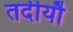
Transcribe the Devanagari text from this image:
तदीयौ